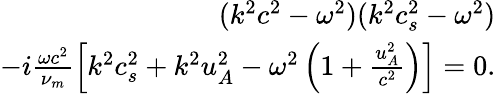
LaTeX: \begin{array}{r}{(k^{2}c^{2}-\omega^{2})(k^{2}c_{s}^{2}-\omega^{2})}\\ {-i\frac{\omega c^{2}}{\nu_{m}}\left[k^{2}c_{s}^{2}+k^{2}u_{A}^{2}-\omega^{2}\left(1+\frac{u_{A}^{2}}{c^{2}}\right)\right]=0.}\end{array}